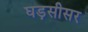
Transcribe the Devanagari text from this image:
घड़सीसर